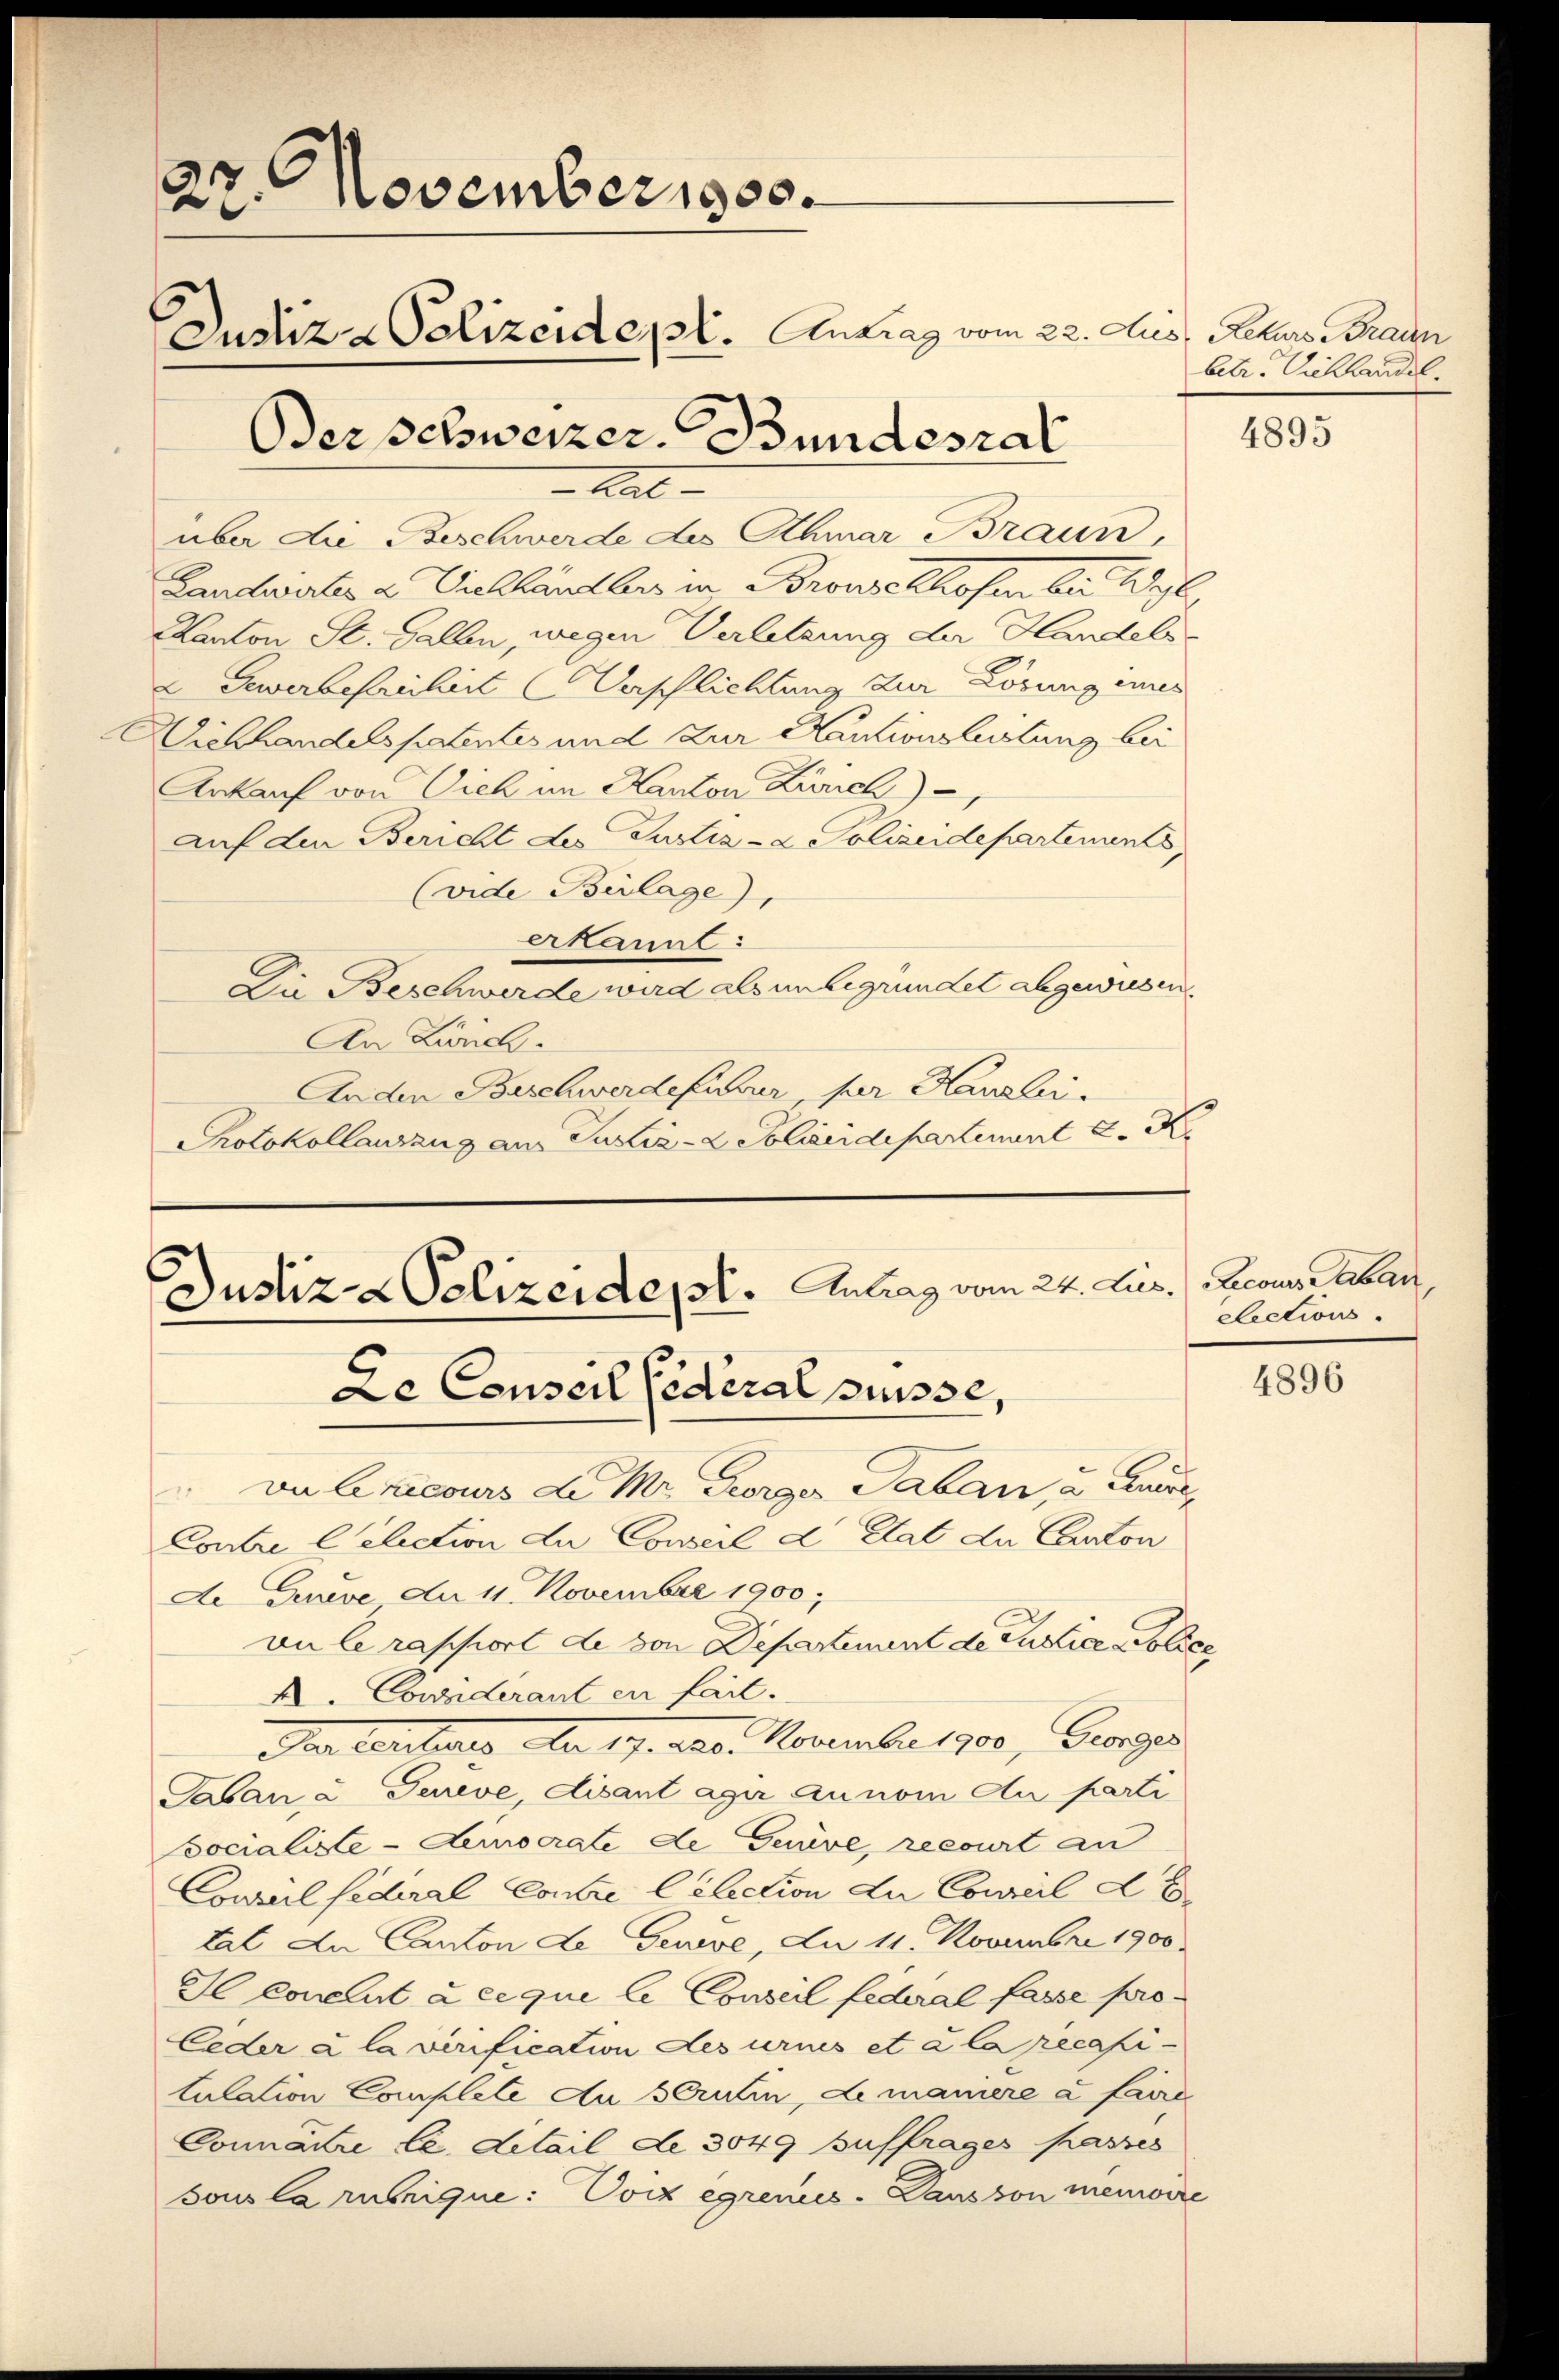
27. November 1900.
Justiz & Polizeide, St. Antrag vom 22. Aus, Rekurs Brauen
Der Schweizer. Bundesrat

At

über die Beschwerde des Athmar Braun,
Landwertes u Viehhändler in Bronzes chosen bei Wyl,
Kanton St. Gallen, wegen Verletzung der Handels-
2 Gewerbefreiheit Verschlichtung zur Lösung innes
Wichhandelspatentes und zur Kautionslastung bei
Ankauf von Dich im Kanton Zürich)
auf den Bericht des Justiz- & Polizeidepartenants,
(vide Beilage),
erkannt:
Die Beschwerde wird als unbegründet abgewiesen.
An Zürich.
Anden Beschwerdeführer, per Hausbi
Protokollauszug aus Justiz- & Polizeidepartement C.

Justiz- & Polizeidept. Antrag vom 24. Jus.
De Conseil fédéral puisse,
va Czicours d. Mr. Georger Taban, u. Euere

betr. Viehhandel.

Contre Celection der Conseil d. Etat du Carton
de Greve de 11. November 1900;
vu le rapport de von Departement de Lustice Poli
A.Cowderant en fait.
dar teilung der 19. Mar. November 1900, Georges
Taban a Jeneve, disant agi annom Au parti
Docialiste-Aemocrate de Gouve, recourt an
Conseil federal Contre le lection der Conseil de
tat an Canton de Geneve, An 11. Novembri 1900
Il concent à ce que le Conseil federal fasse pro¬
Ceder à la verification des urins et à la pecasi-
tulation Complete An Scrutin, Le manière à faire
Connattre le detail de 3049 Buffrages passes
sous la rubrique: Vorz egrenis. Lausson menoire

4895

Lcours Laban,
elections.

4896